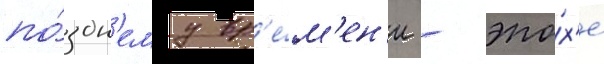
по́здн'ему вр'е́м'ен'и - эпо́х'е